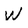
Character: W